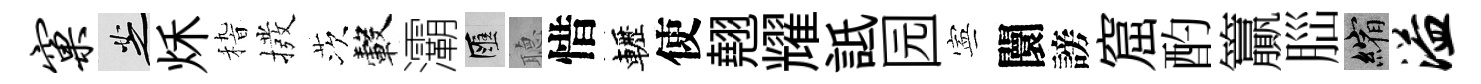
窠芝秌𥟵撥茨轂灞匯𦗟惜轣使翹耀詆园寕闤謗窟酌籯𦛁縮溢